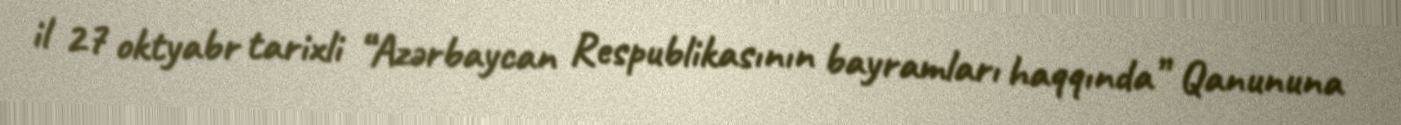
il 27 oktyabr tarixli “Azərbaycan Respublikasının bayramları haqqında” Qanununa